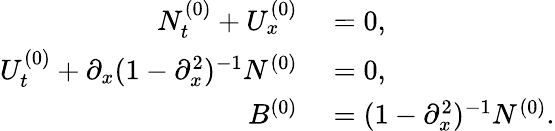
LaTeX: \begin{array}{rl}{N_{t}^{(0)}+U_{x}^{(0)}}&{{}=0,}\\ {U_{t}^{(0)}+\partial_{x}(1-\partial_{x}^{2})^{-1}N^{(0)}}&{{}=0,}\\ {B^{(0)}}&{{}=(1-\partial_{x}^{2})^{-1}N^{(0)}.}\end{array}